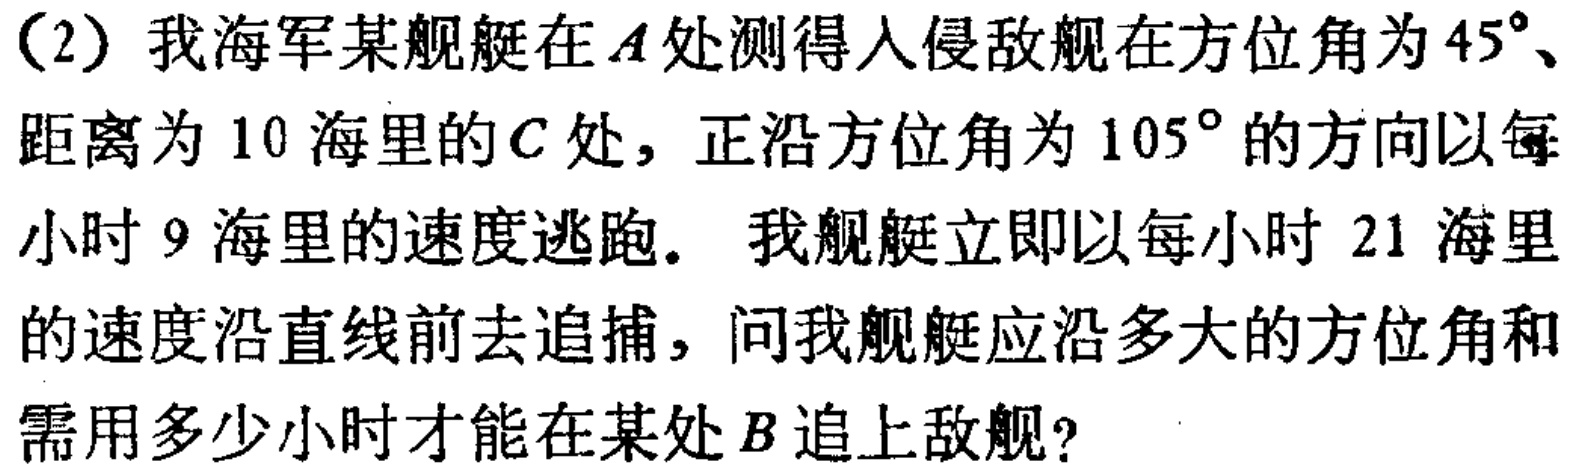
（2）我海军某舰艇在\(A\)处测得入侵敌舰在方位角为\(45^{\circ}\)、距离为\(10\)海里的\(C\)处，正沿方位角为\(105^{\circ}\)的方向以每小时\(9\)海里的速度逃跑。我舰艇立即以每小时\(21\)海里的速度沿直线前去追捕，问我舰艇应沿多大的方位角和需用多少小时才能在某处\(B\)追上敌舰？